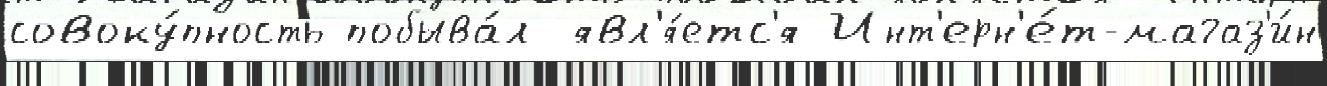
совоку́пность побыва́л явл'я́етс'я Инт'ерн'е́т-магаз'и́н